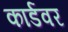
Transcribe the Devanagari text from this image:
कार्डवर